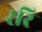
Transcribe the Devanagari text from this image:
ररि